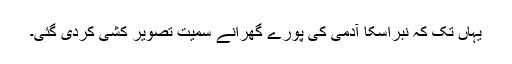
یہاں تک کہ نبراسکا آدمی کی پورے گھرانے سمیت تصویر کشی کردی گئی۔